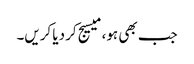
جب بھی ہو، میسیج کر دیا کریں۔